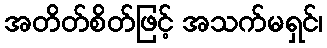
အတိတ်စိတ်ဖြင့် အသက်မရှင်၊